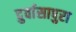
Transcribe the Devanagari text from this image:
दुर्वासापुरा